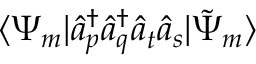
\langle \Psi _ { m } | { \hat { a } } _ { p } ^ { \dagger } { \hat { a } } _ { q } ^ { \dagger } { \hat { a } } _ { t } ^ { } { \hat { a } } _ { s } ^ { } | { \tilde { \Psi } } _ { m } \rangle